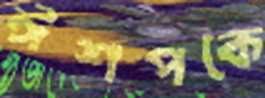
ঈশপকে